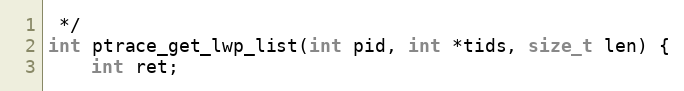
Language: C
 */
int ptrace_get_lwp_list(int pid, int *tids, size_t len) {
	int ret;